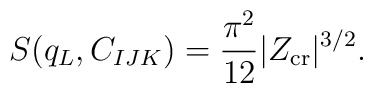
S  (q_L, C_{IJK})  = {\pi^2 \over 12} |Z_{\rm cr}|^{3/2}.